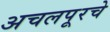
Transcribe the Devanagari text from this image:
अचलपूरचे